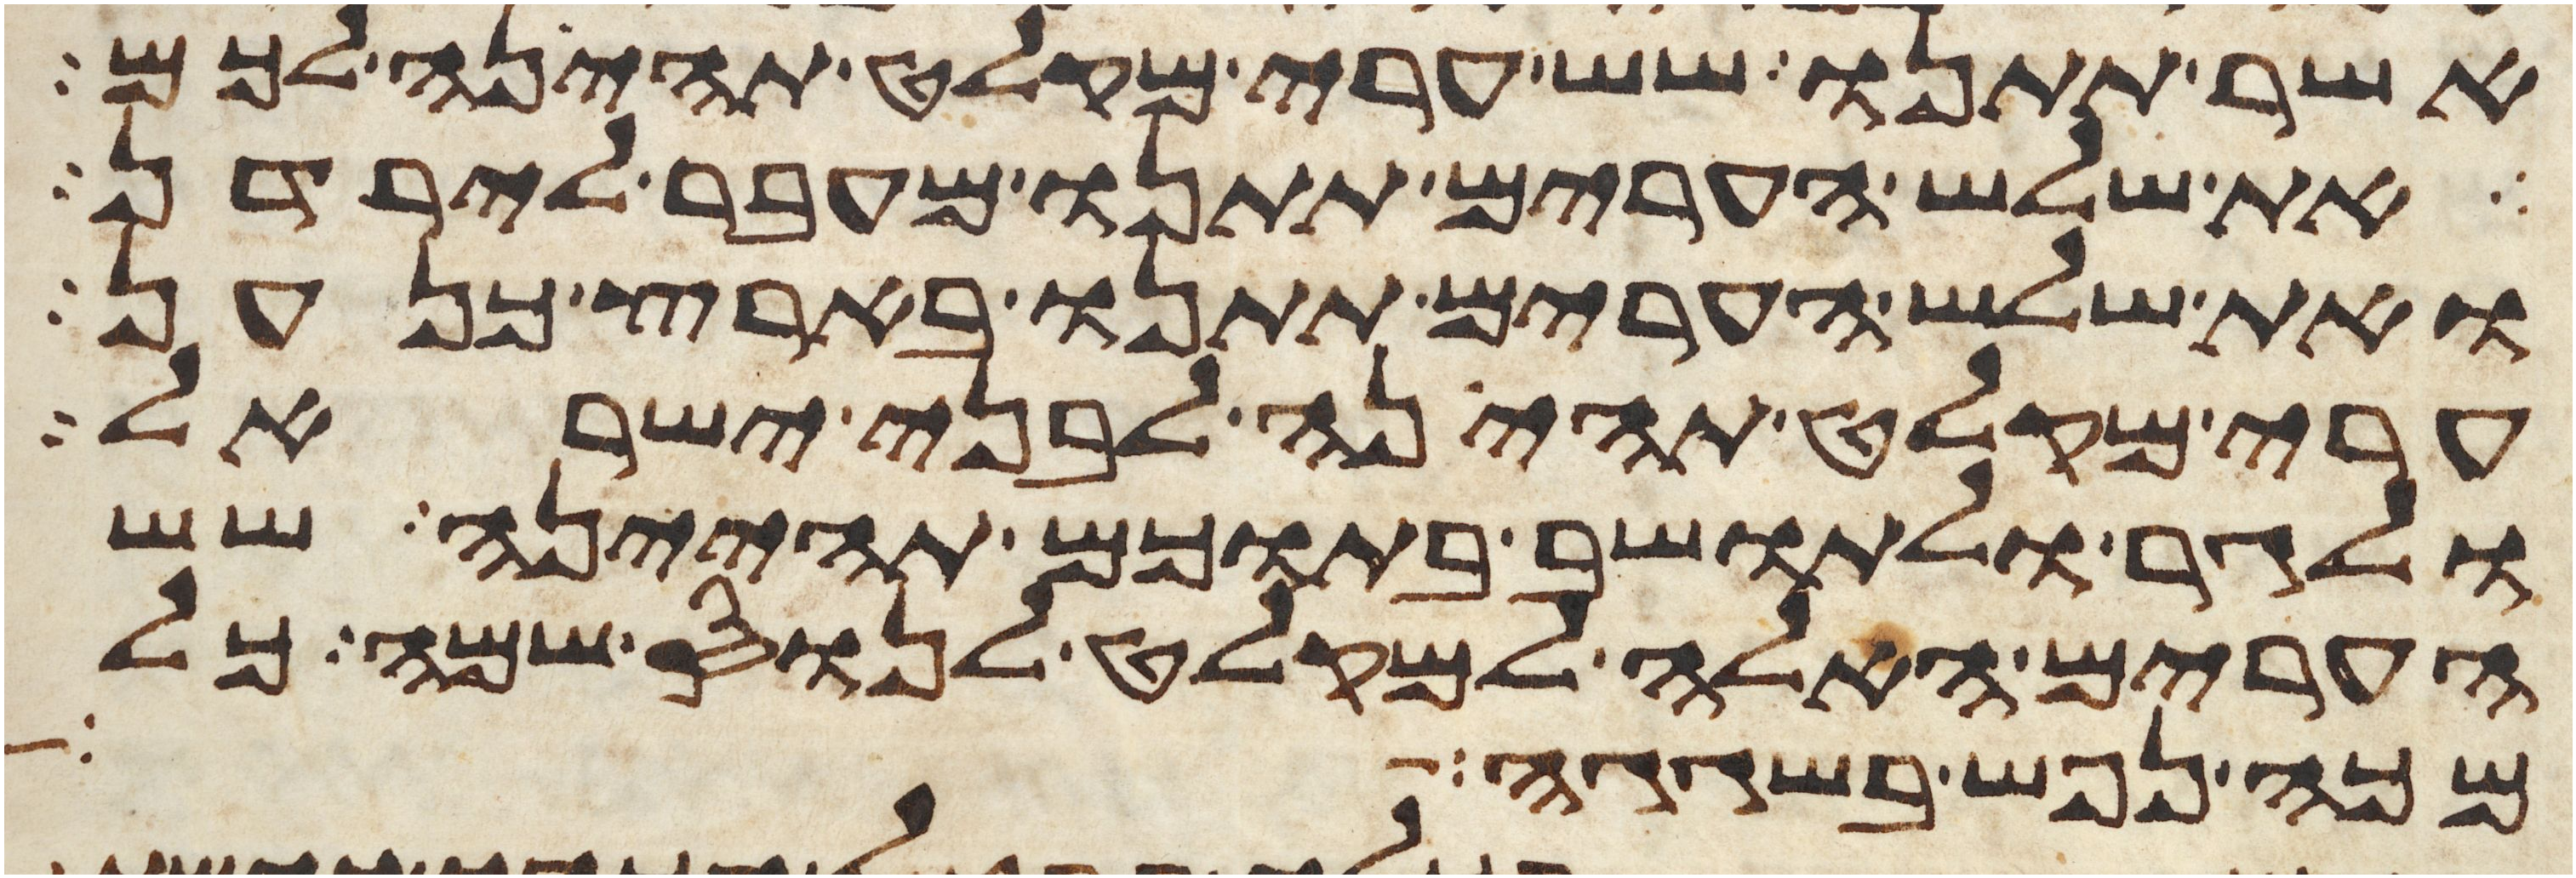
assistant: אשר תתנו שש ערי מקלט תהינה לכם
את שלש הערים תתנו מעבר לירדן
ואת שלש הערים תתנו בארץ כנען
ערי מקלט תהינה לבני ישראל
ולגר ולתושב בתוכם תהיינה שש
הערים האלה למקלט לנוס שמה כל
מכה נפש בשגגה